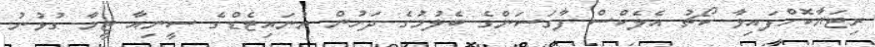
ރިޓަޔާކޮށްފައިވާ ކޯޗު އެލެކްސް ފާގަސަންގެ ބެލުމުގެ ދަށުން ޔުނައިޓެޑްގެ ސީނިއާ ޓީމާ ގުޅުނު